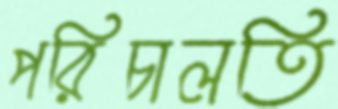
পরিচালতি